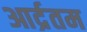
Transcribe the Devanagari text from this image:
आर्द्रतम